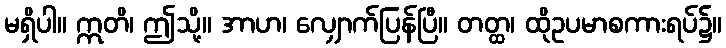
မရှိပါ။ ဣတိ၊ ဤသို့။ အာဟ၊ လျှောက်ပြန်ပြီ။ တတ္ထ၊ ထိုဥပမာစကားရပ်၌။